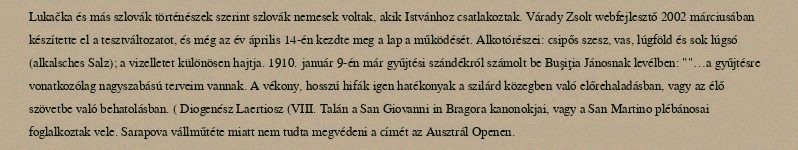
Lukačka és más szlovák történészek szerint szlovák nemesek voltak, akik Istvánhoz csatlakoztak. Várady Zsolt webfejlesztő 2002 márciusában készítette el a tesztváltozatot, és még az év április 14-én kezdte meg a lap a működését. Alkotórészei: csipős szesz, vas, lúgföld és sok lúgsó (alkalsches Salz); a vizelletet különösen hajtja. 1910. január 9-én már gyűjtési szándékról számolt be Buşiţia Jánosnak levélben: ""…a gyűjtésre vonatkozólag nagyszabású terveim vannak. A vékony, hosszú hifák igen hatékonyak a szilárd közegben való előrehaladásban, vagy az élő szövetbe való behatolásban. ( Diogenész Laertiosz (VIII. Talán a San Giovanni in Bragora kanonokjai, vagy a San Martino plébánosai foglalkoztak vele. Sarapova vállműtéte miatt nem tudta megvédeni a címét az Ausztrál Openen.